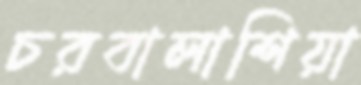
চরবালাশিয়া